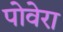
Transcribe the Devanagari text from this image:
पोवेरा